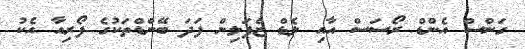
ގަންސް އެންޑް ރޯސަސް އާއި ލެޑް ޒެޕަލިން ފަދަ ބޭންޑްތަކުގެ ފޯރިއާ އެކު